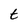
Character: t